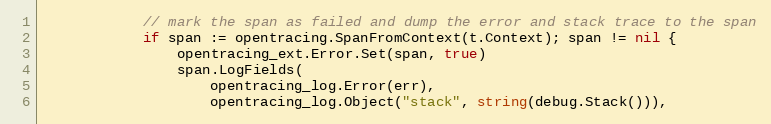
Language: Go
			// mark the span as failed and dump the error and stack trace to the span
			if span := opentracing.SpanFromContext(t.Context); span != nil {
				opentracing_ext.Error.Set(span, true)
				span.LogFields(
					opentracing_log.Error(err),
					opentracing_log.Object("stack", string(debug.Stack())),